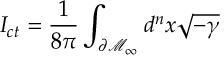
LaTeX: I _ { c t } = \frac 1 { 8 \pi } \int _ { \partial \mathcal { M } _ { \infty } } d ^ { n } x \sqrt { - \gamma }